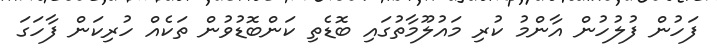
ފަހުން ފުލުހުން އާންމު ކުރި މައުލޫމާތުގައި ބޮޑެތި ކަންބޮޑުވުން ތަކެއް ހުރިކަން ފާހަގަ